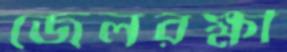
জেলরক্ষী